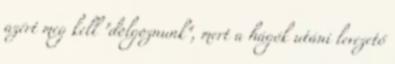
azért meg kell "dolgoznunk", mert a hágók utáni levezető